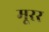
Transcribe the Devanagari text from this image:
मूरर